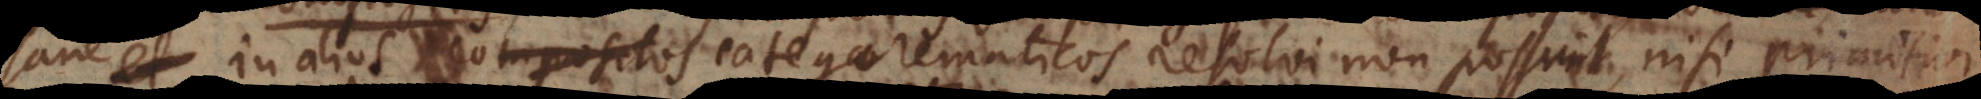
in alios compositos categorematicos resolvi non possunt, nisi primit